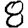
Digit: 8